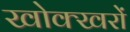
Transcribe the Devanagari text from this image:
खोक्खरों